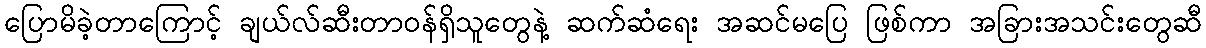
ပြောမိခဲ့တာကြောင့် ချယ်လ်ဆီးတာဝန်ရှိသူတွေနဲ့ ဆက်ဆံရေး အဆင်မပြေ ဖြစ်ကာ အခြားအသင်းတွေဆီ